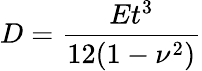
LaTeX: D=\frac{Et^{3}}{12(1-\nu^{2})}